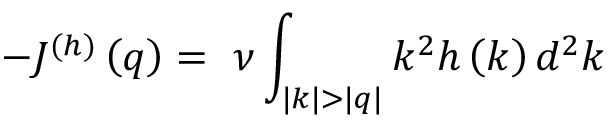
- J ^ { ( h ) } \left( q \right) = ~ \nu \int _ { | k | > | q | } { k ^ { 2 } h \left( k \right) d ^ { 2 } k }